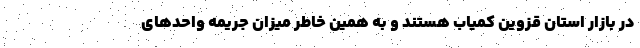
در بازار استان قزوین کمیاب هستند و به همین خاطر میزان جریمه واحدهای